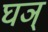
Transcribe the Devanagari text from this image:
घञ्‌